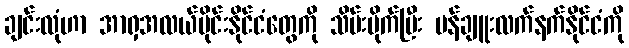
ချင်းလုံဟာ အာရှအလယ်ပိုင်းနိုင်ငံတွေကို သိမ်းပိုက်ပြီး မန်ချူးလက်နက်နိုင်ငံကို